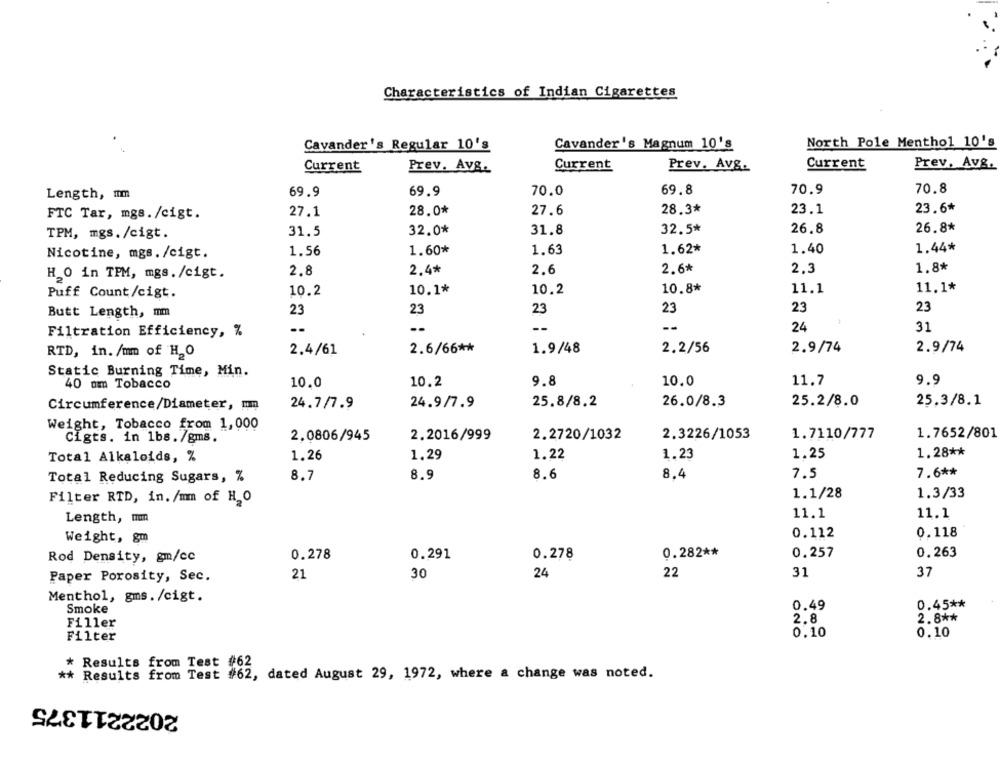
Characteristics of Indian Cigarettes
Cavander's Regular 10's
Cavander's Magnum 10's
North Pole Menthol 10's
Current
Prev. Avg.
Current
Prev. Avg.
Current
Prev. Av&.
69.9
70.0
69.8
70.9
70.8
Length, mm
69.9
23.6*
FTC Tar, mgs./cigt.
27.1
28.0*
27.6
28.3*
23.1
32.5*
26.8
26.8*
TPM, mgs./cigt.
31.5
32.0*
31.8
1.56
1.60*
1.63
1.62*
1.40
1.44*
Nicotine, mgs./cigt.
2.6*
1.8*
H O in TPM, mgs./cigt.
2.8
2.4*
2.6
2,3
10.1*
10.2
10.8*
11.1
11.1*
Puff Count/cigt.
10.2
Butt Length, mm
23
23
23
23
23
23
--
24
31
Filtration Efficiency, %
2.4/61
2.6/66 **
1.9/48
2.2/56
2.9/74
2.9/74
RTD, in. /mm of H_O
Static Burning Time, Min.
10.2
9.8
10.0
11.7
9.9
40 om Tobacco
10.0
Circumference/Diameter, mm
24.7/7.9
24.9/7.9
25.8/8.2
26.0/8.3
25.2/8.0
25,3/8.1
Weight, Tobacco from 1,000
2.2016/999
2.2720/1032
2.3226/1053
1.7110/777
1.7652/801
Cigts. in 1bs. /gms.
2.0806/945
1.28 **
Total Alkaloids, %
1.26
1.29
1.22
1.23
1.25
8.4
7.6 **
Total Reducing Sugars, %
8.7
8.9
8.6
7.5
1.1/28
1.3/33
Filter RTD, in. /mm of H_O
Length, mm
11.1
11.1
0.112
0.118
Weight, gm
Rod Density, gm/cc
0.278
0.291
0.278
0.282 **
0.257
0.263
21
30
24
22
31
37
Paper Porosity, Sec.
Menthol, gms./cigt.
0.45 **
Smoke
0.49
2.8
2.8 **
Filler
0.10
0.10
Filter
* Results from Test #62
** Results from Test #62, dated August 29, 1972, where a change was noted.
2022211375